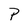
Character: P